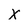
Character: X